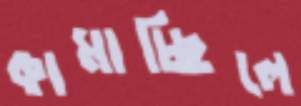
কামাচ্ছিলে